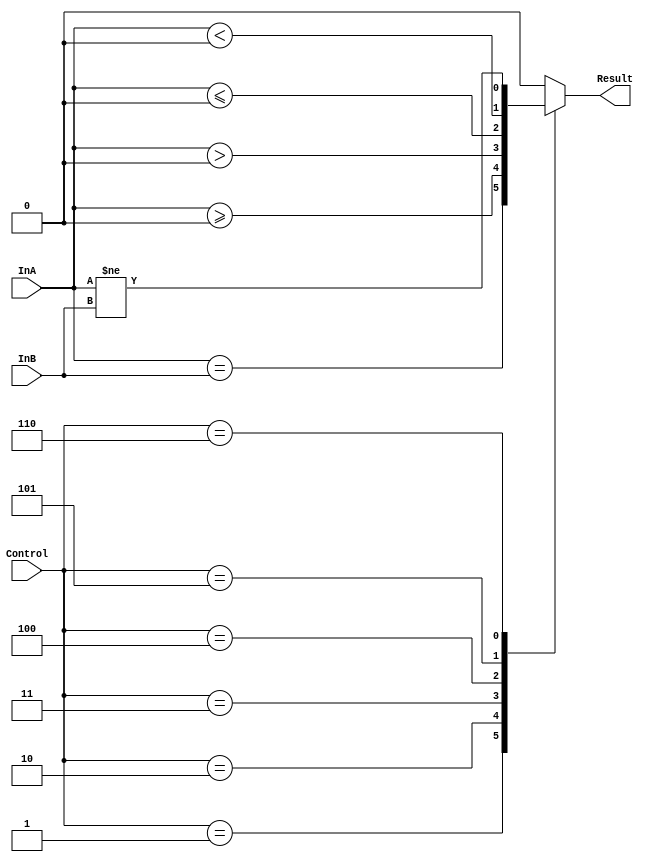
`timescale 1ns / 1ps

////////////////////////////////////////////////////////////////////////////////
// ECE369 - Computer Architecture
// 
// Group Members    : Diego Moscoso, Fausto Sanchez, Jake Summerville
// Percent Effort   : 33.3% - 33.3% - 33.3%
//
// Module           : Comparator.v
// Description      : This file compares the rs and rt read data from the 
//                    register and compares for branching purposes
////////////////////////////////////////////////////////////////////////////////

module Comparator(InA, InB, Result, Control);

    input [2:0]  Control;   // 3 bit Control signal to determine the branch
    input [31:0] InA, InB;  // Input data to compare
    
    output reg Result;      // Signal of whether to branch or not branch

    localparam [2:0] BEQ  = 3'd1,   // 0 results in Result = 0
                     BGEZ = 3'd2,
                     BGTZ = 3'd3,
                     BLEZ = 3'd4,
                     BLTZ = 3'd5,
                     BNE  = 3'd6;

    always @ (*) begin
    
        case (Control)
        
            BEQ  : Result <= (InA == InB);
            BGEZ : Result <= ($signed(InA) >= 0);
            BGTZ : Result <= ($signed(InA) > 0);
            BLEZ : Result <= ($signed(InA) <= 0);
            BLTZ : Result <= ($signed(InA) < 0);
            BNE  : Result <= (InA != InB);
            default : Result <= 0;
        
        endcase
    
    end
    

endmodule